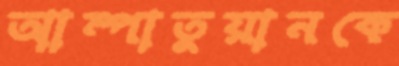
আম্পাতুয়ানকে